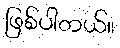
ဖြစ်ပါတယ်။